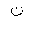
Letter: _non